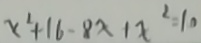
x ^ { 2 } + 1 6 - 8 x + x ^ { 2 } = 1 0